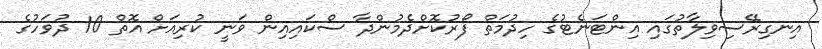
އިނގިރޭސިވިލާތުގައި އިންޓަނެޓުގެ ހިދުމަތް ފޯރުކޮށްދެމުންދާ ސްކައިއިން ވަނީ ކުރިއަށް އޮތް 10 ދުވަހުގެ